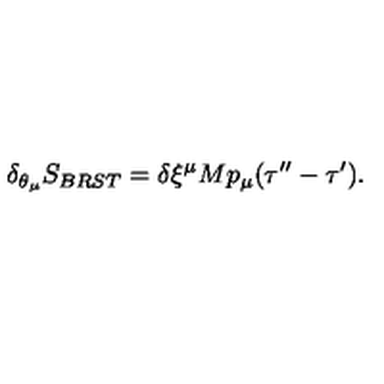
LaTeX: \delta _ { \theta _ { \mu } } { S _ { B R S T } } = \delta \xi ^ { \mu } M p _ { \mu } ( \tau ^ { \prime \prime } - \tau ^ { \prime } ) .